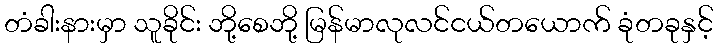
တံခါးနားမှာ သူခိုင်း ဘို့စေဘို့ မြန်မာလုလင်ငယ်တယောက် ခုံတခုနှင့်